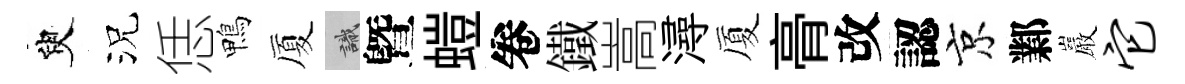
臾況恁鴨厦識曁螘卷鐵嵩潯厦𮌔改認京鄴巖它